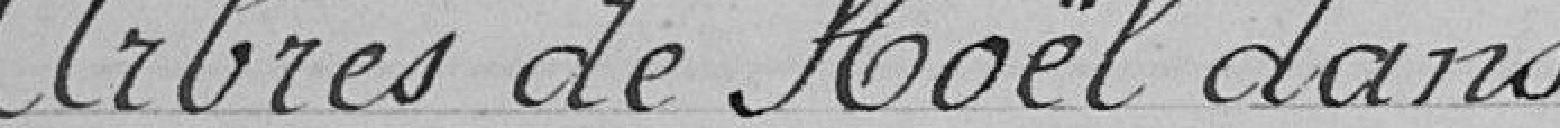
Arbres de Noël dans